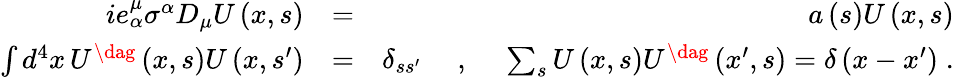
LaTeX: \begin{array}{rlr}{ie_{\alpha}^{\mu}\sigma^{\alpha}D_{\mu}U\left(x,s\right)}&{=}&{a\left(s\right)U\left(x,s\right)}\\ {\int d^{4}x\, U^{\dag}\left(x,s\right)U\left(x,s^{\prime}\right)}&{=}&{\delta_{ss^{\prime}}\; \quad,\quad\; \sum_{s}U\left(x,s\right)U^{\dag}\left(x^{\prime},s\right)=\delta\left(x-x^{\prime}\right)\; .}\end{array}